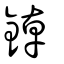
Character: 鋽